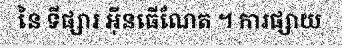
នៃ ទីផ្សារ អ៊ីនធើណែត ។ ការផ្សាយ